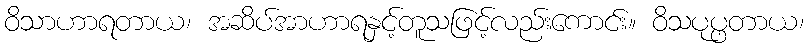
ဝိသာဟာရတာယ၊ အဆိပ်အာဟာရနှင့်တူသဖြင့်လည်းကောင်း။ ဝိသပုပ္ဖတာယ၊